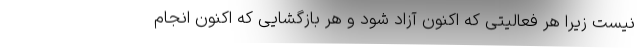
نیست زیرا هر فعالیتی که اکنون آزاد شود و هر بازگشایی که اکنون انجام